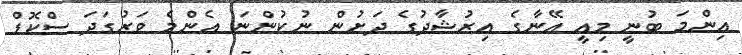
އިންމަ ބުނީ މިއީ އޭނާގެ އިރުޝާދުގެ ދަށުން ނުކުންނަ އެންމެ ވަރުގަދަ ސްކޮޑް